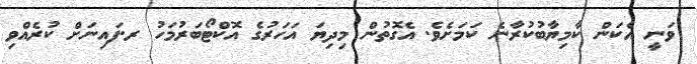
ވަނީ އެކަން ކާމިޔާބުކުރާނެ ކަމަށެވެ. އެގޮތުން މިދިޔަ އަހަރުގެ އޮކްޓޯބަރުމަހު ރ.ފައިނަށް ކުރެއްވި